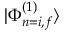
| \Phi _ { n = i , f } ^ { ( 1 ) } \rangle